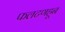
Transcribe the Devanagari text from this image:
फलटणहून